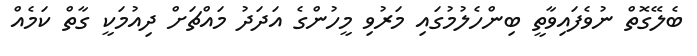
ބެލޭގޮތް ނުވެފައިވާތީ ބިންހެލުމުގައި މަރުވި މީހުންގެ އަދަދު މައްޗަށް ދިއުމަކީ ގާތް ކަމެއް